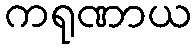
ကရုဏာယ